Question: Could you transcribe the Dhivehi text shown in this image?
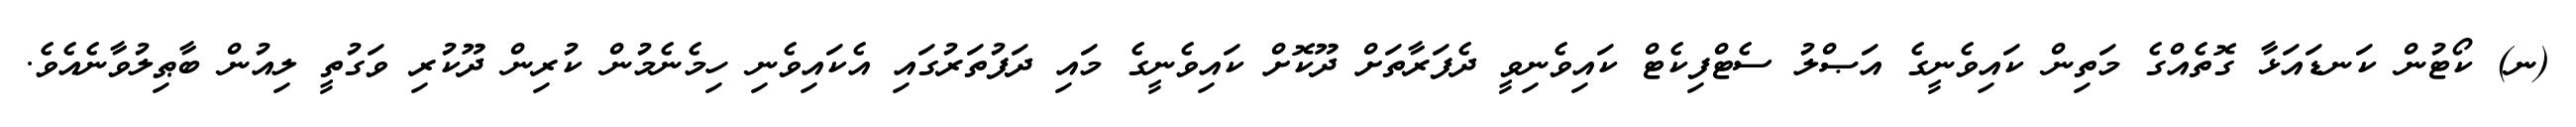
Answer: (ނ) ކޯޓުން ކަނޑައަޅާ ގޮތެއްގެ މަތިން ކައިވެނީގެ އަޞްލު ސެޓްފިކެޓް ކައިވެނިވީ ދެފަރާތަށް ދޫކޮށް ކައިވެނީގެ މައި ދަފުތަރުގައި އެކައިވެނި ހިމެނެމުން ކުރިން ދޫކުރި ވަގުތީ ލިއުން ބާޠިލުވާނެއެވެ.